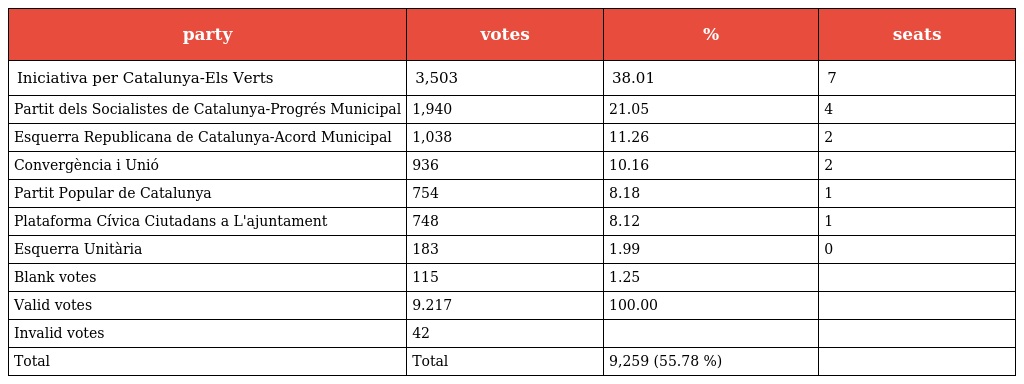
| party | votes | % | seats |
 | --- | --- | --- | --- |
 | Iniciativa per Catalunya-Els Verts | 3,503 | 38.01 | 7 |
 | Partit dels Socialistes de Catalunya-Progrés Municipal | 1,940 | 21.05 | 4 |
 | Esquerra Republicana de Catalunya-Acord Municipal | 1,038 | 11.26 | 2 |
 | Convergència i Unió | 936 | 10.16 | 2 |
 | Partit Popular de Catalunya | 754 | 8.18 | 1 |
 | Plataforma Cívica Ciutadans a L'ajuntament | 748 | 8.12 | 1 |
 | Esquerra Unitària | 183 | 1.99 | 0 |
 | Blank votes | 115 | 1.25 |  |
 | Valid votes | 9.217 | 100.00 |  |
 | Invalid votes | 42 |  |  |
 | Total | Total | 9,259 (55.78 %) |  |